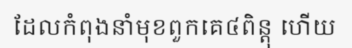
ដែលកំពុងនាំមុខពួកគេ៤ពិន្តុ ហើយ